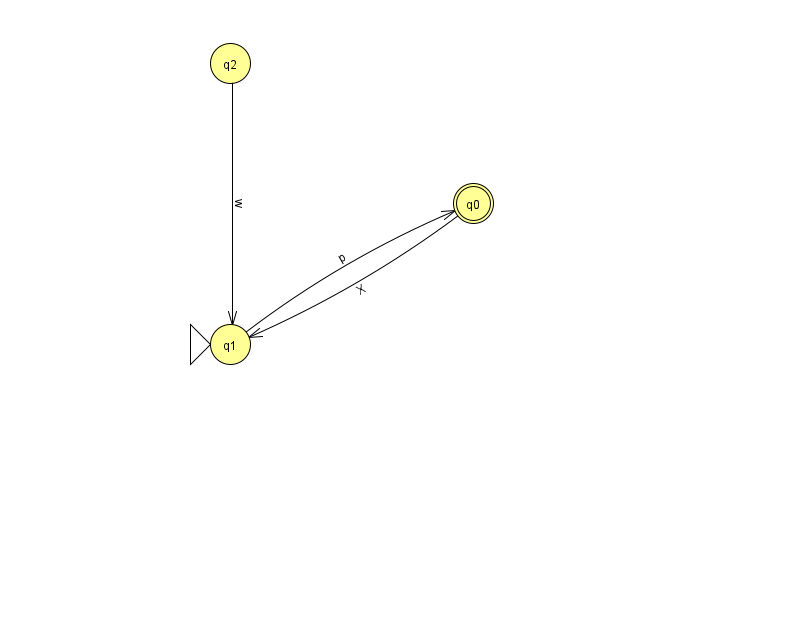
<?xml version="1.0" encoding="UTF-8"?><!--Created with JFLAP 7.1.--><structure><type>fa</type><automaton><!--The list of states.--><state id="0" name="q0"><x>473.0</x><y>190.0</y><final/></state><state id="1" name="q1"><x>230.0</x><y>331.0</y><initial/></state><state id="2" name="q2"><x>230.0</x><y>50.0</y></state><!--The list of transitions.--><transition><from>0</from><to>1</to><read>X</read></transition><transition><from>2</from><to>1</to><read>w</read></transition><transition><from>1</from><to>0</to><read>p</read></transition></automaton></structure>